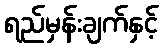
ရည်မှန်းချက်နှင့်